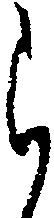
ら